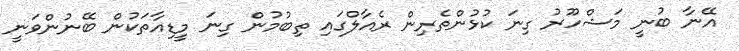
އޭނާ ބުނީ މަޝްހޫރު ގިނަ ކުޅުންތެރިން ރެއާލްގައި ތިބުމުން ގިނަ މީޑިއާތަކުން ބޭނުންވަނީ